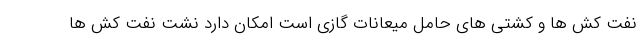
نفت کش ها و کشتی های حامل میعانات گازی است امکان دارد نشت نفت کش ها